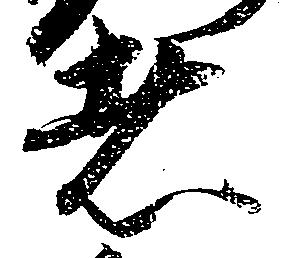
者